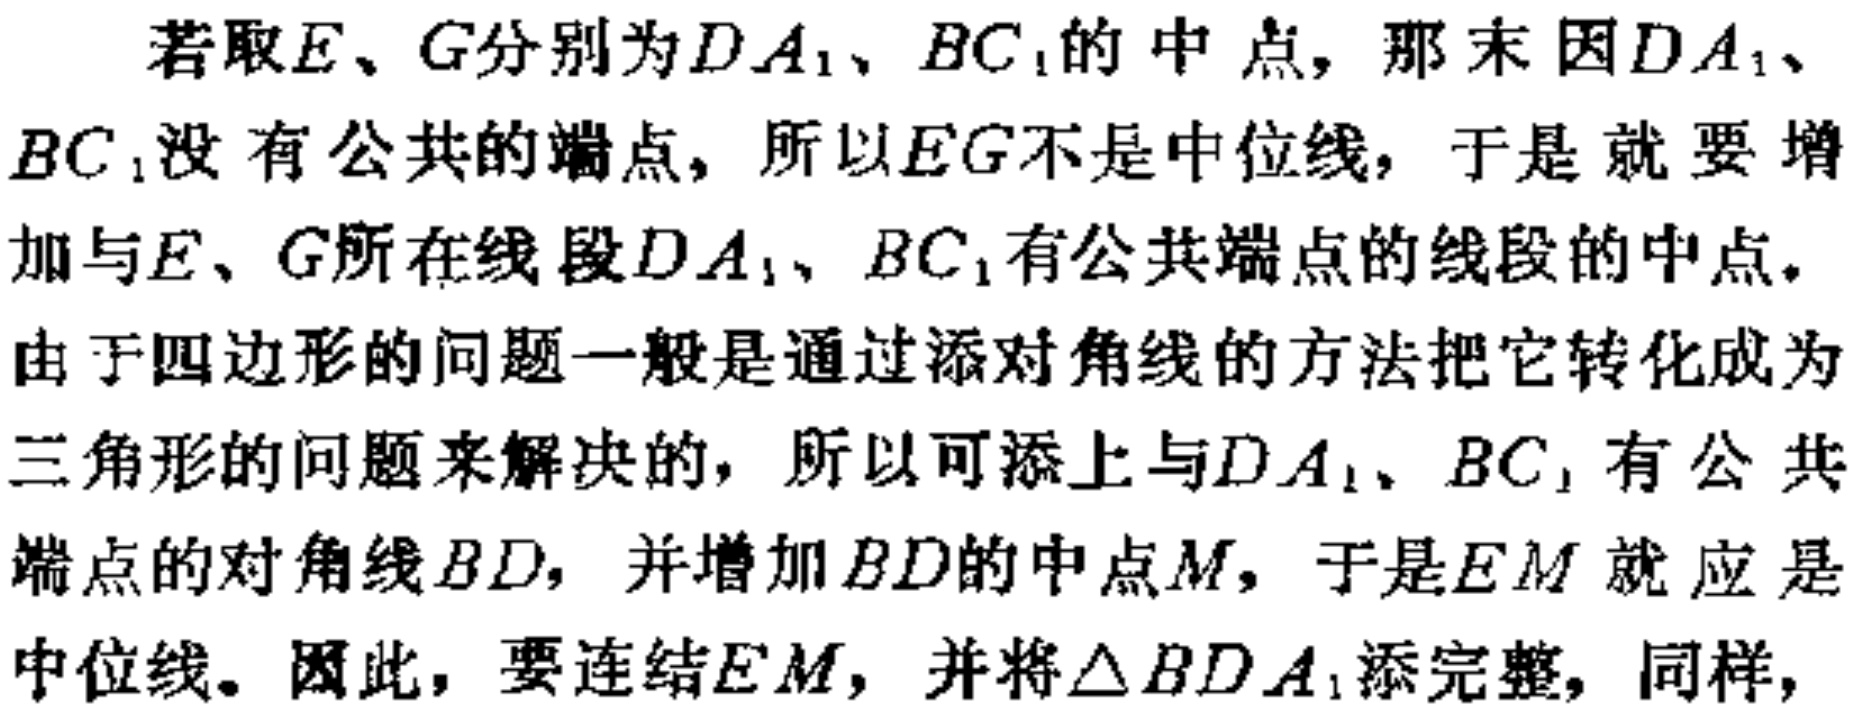
若取\(E\)、\(G\)分别为\(DA_{1}\)、\(BC_{1}\)的中点，那末因\(DA_{1}\)、\(BC_{1}\)没有公共的端点，所以\(EG\)不是中位线，于是就要增加与\(E\)、\(G\)所在线段\(DA_{1}\)、\(BC_{1}\)有公共端点的线段的中点。

由于四边形的问题一般是通过添对角线的方法把它转化成为三角形的问题来解决的，所以可添上与\(DA_{1}\)、\(BC_{1}\)有公共端点的对角线\(BD\)，并增加\(BD\)的中点\(M\)，于是\(EM\)就应是中位线。因此，要连结\(EM\)，并将\(\triangle BDA_{1}\)添完整，同样，